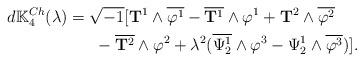
LaTeX: \begin{align*}d\mathbb{K}_4^{Ch}(\lambda) &=\sqrt{-1}[\mathbf{T}^1\wedge\overline{\varphi^1}-\overline{\mathbf{T}^1}\wedge\varphi^1+\mathbf{T}^2\wedge\overline{\varphi^2}\\ &~~~~~-\overline{\mathbf{T}^2}\wedge\varphi^2 +\lambda^2(\overline{\Psi_2^1}\wedge\varphi^3-\Psi_2^1\wedge\overline{\varphi^3})].\end{align*}